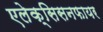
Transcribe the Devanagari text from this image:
एलेक्सिसनफायर